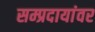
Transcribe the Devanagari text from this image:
सम्प्रदायांवर